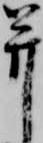
并